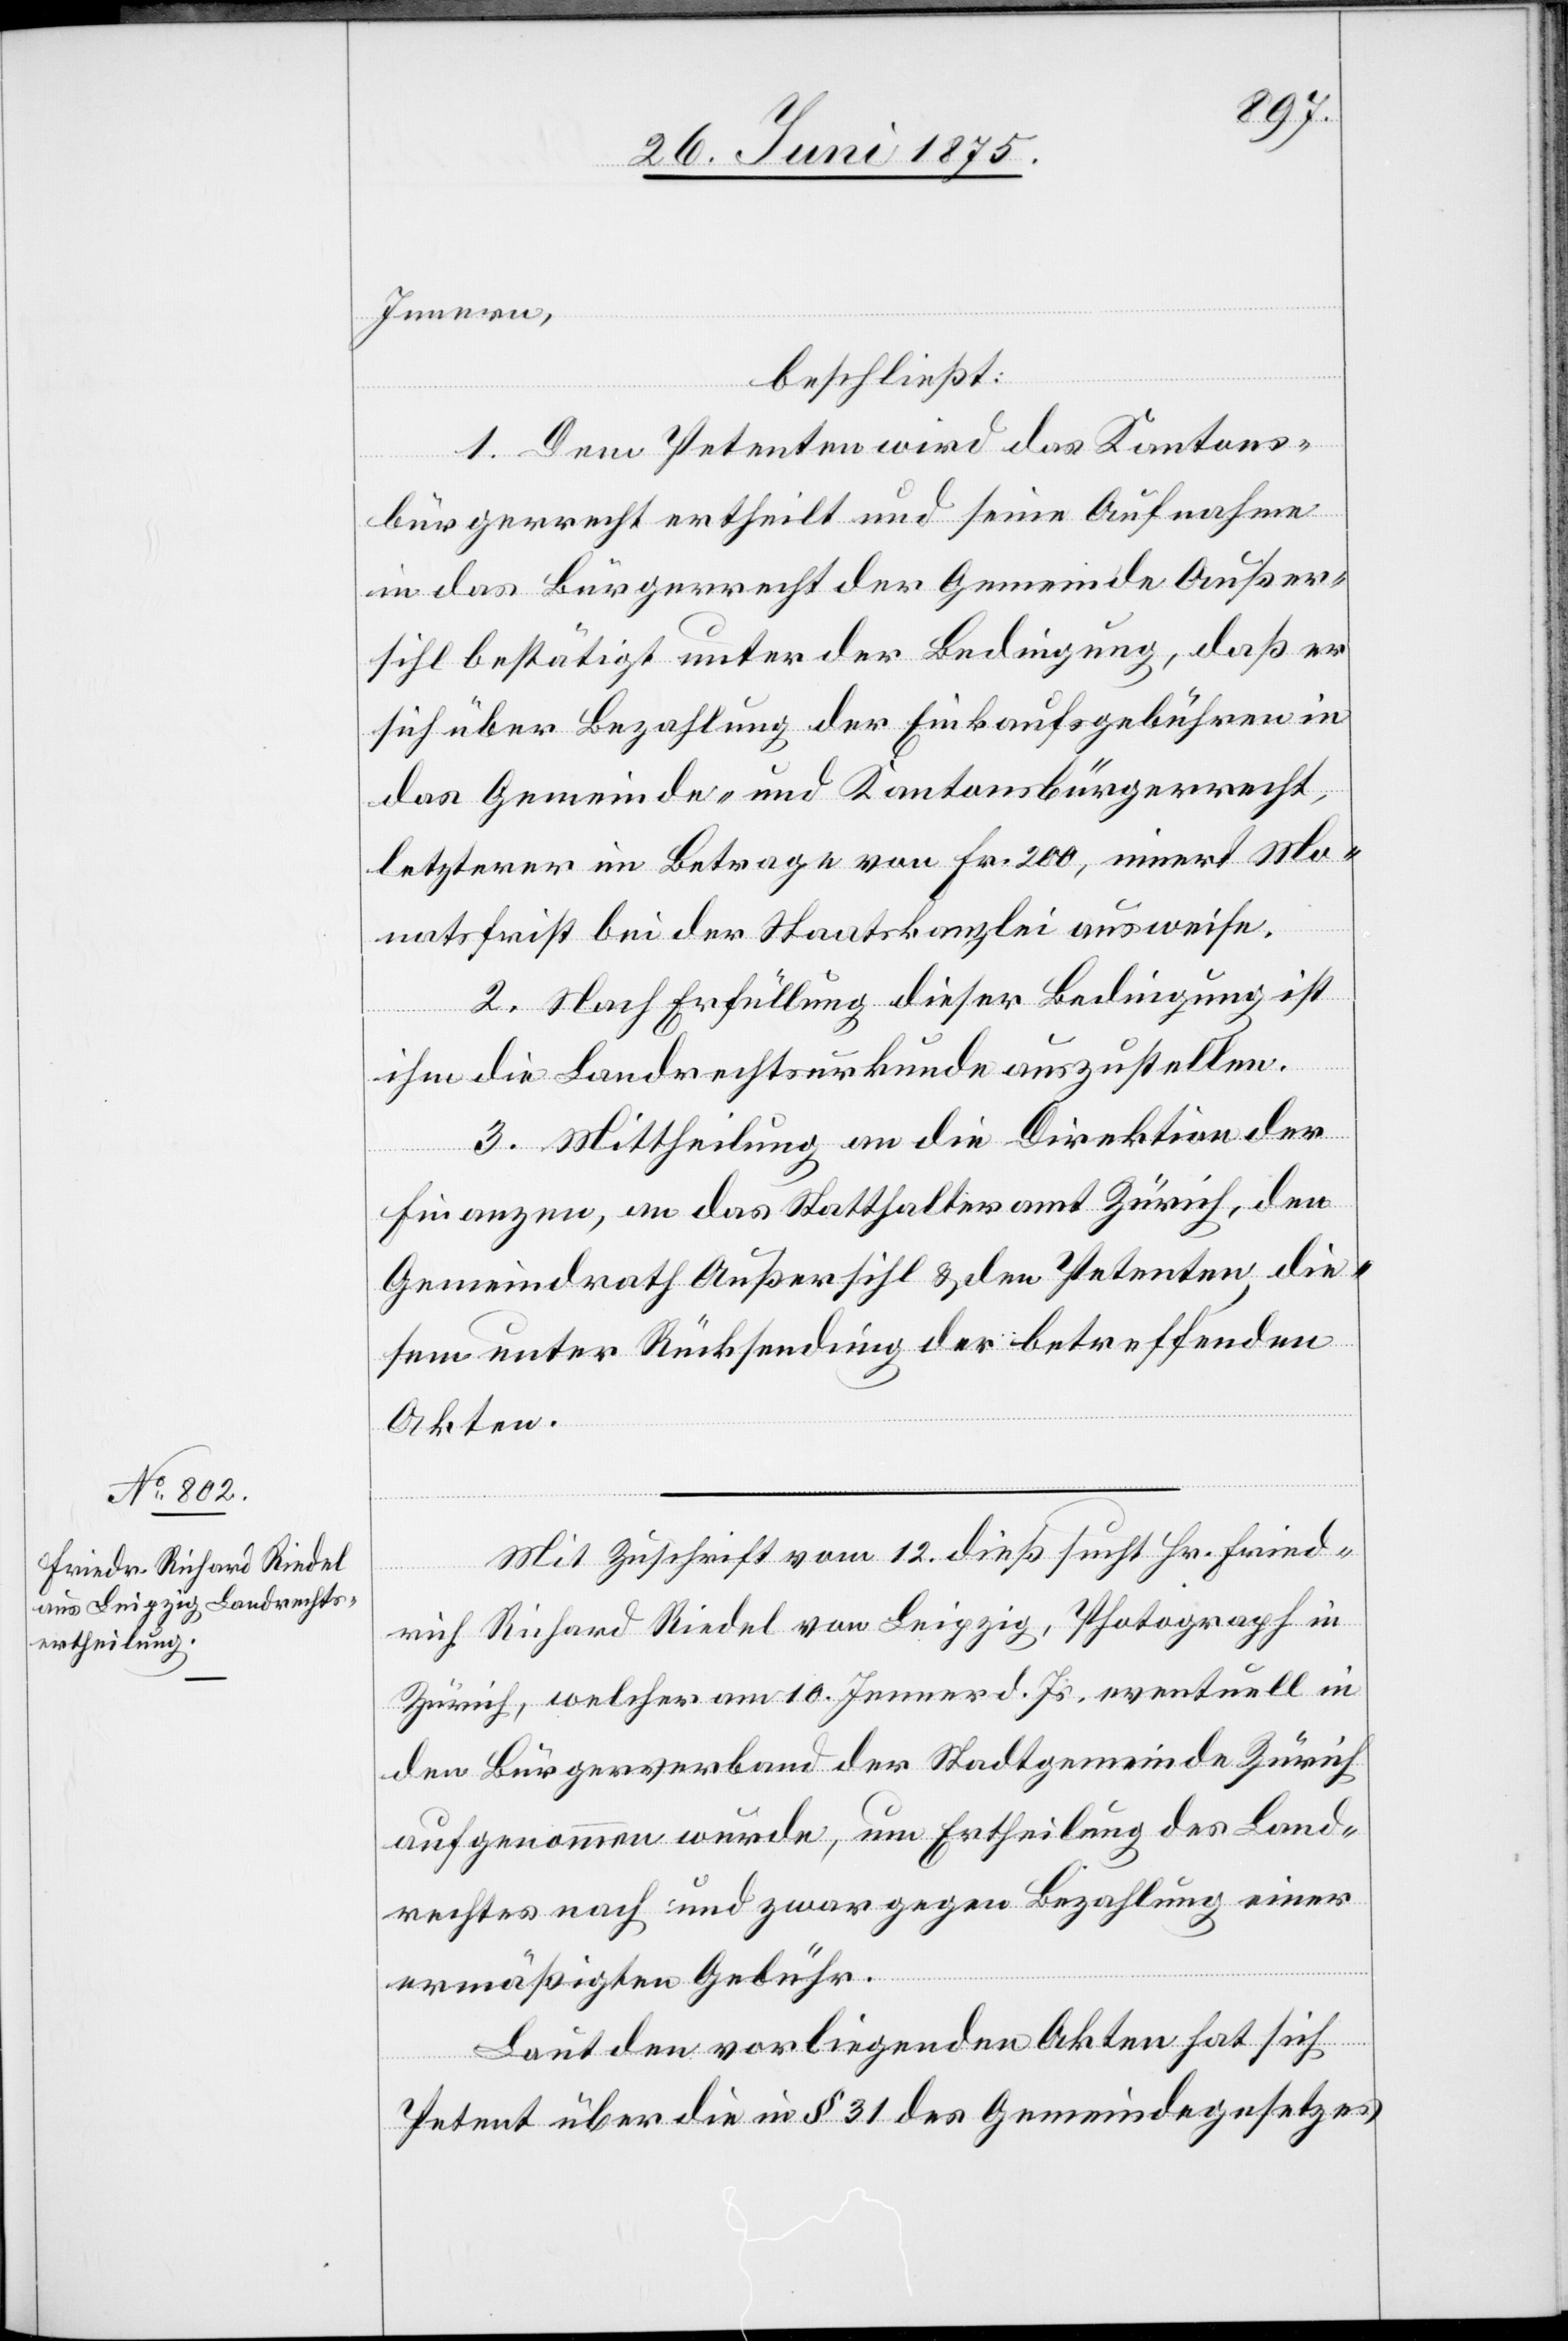
Innern,
beschließt:
1. Dem Petenten wir das Kantons¬
bürgerrecht ertheilt und seine Aufnahme
in das Bürgerrecht der Gemeinde Außer¬
sihl bestätigt unter der Bedingung, daß er
sich über Bezahlung der Einkaufsgebühren in
das Gemeinde- und Kantonsbürgerrecht,
letzterer im Betrage von Fr. 200, innert Mo¬
natsfrist bei der Staatskanzlei ausweise.
2. Nach Erfüllung dieser Bedingung ist
ihm die Landrechtsurkunde auszustellen.
3. Mittheilung an die Direktion der
Finanzen, an das Statthalteramt Zürich, den
Gemeindrath Außersihl & den Petenten, die¬
sem unter Rücksendung der betreffenden
Akten.
Mit Zuschrift vom 12. dieß sucht Hr. Fried¬
rich Richard Riedel von Leipzig, Photograph in
Zürich, welcher m 10. Jenner d. Js. eventuell in
den Bürgerverband der Stadtgemeinde Zürich
aufgenommen wurde, um Ertheilung des Land¬
rechtes nach und zwar gegen Bezahlung einer
ermäßigten Gebühr.
Laut der vorliegenden Akten hat sich
Petent über die in § 31 des Gemeindegesetzes